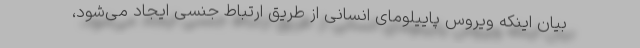
بیان اینکه ویروس پاییلومای انسانی از طریق ارتباط جنسی ایجاد می‌شود،